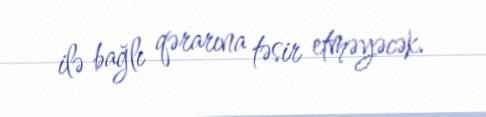
ilə bağlı qərarına təsir etməyəcək.